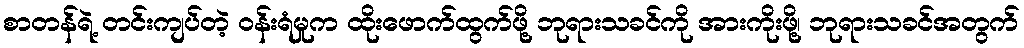
စာတန်ရဲ့ တင်းကျပ်တဲ့ ဝန်းရံမှုက ထိုးဖောက်ထွက်ဖို့ ဘုရားသခင်ကို အားကိုးဖို့၊ ဘုရားသခင်အတွက်